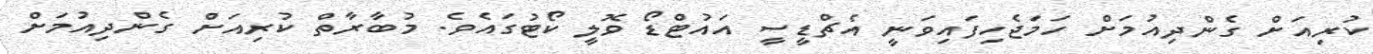
ކުރިއަށް ގެންދިއުމަށް ހަމަޖެހިފައިވަނީ އެޗްޑީސީ އައުޓްޑޯ ވޮލީ ކޯޓުގައެވެ. މުބާރާތް ކުރިއަށް ގެންދިއުމަށް